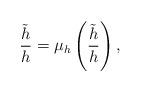
LaTeX: \begin{align*}\frac{\tilde{h}}{h} = \mu_h\left(\frac{\tilde{h}}{h}\right),\end{align*}